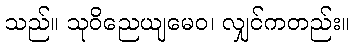
သည်။ သုဝိညေယျမေဝ၊ လျှင်ကတည်း။